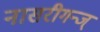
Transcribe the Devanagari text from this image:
नासरीगन्ज्